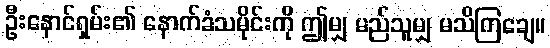
ဦးနောင်ရှမ်း၏ နောက်ခံသမိုင်းကို ဤမျှ မည်သူမျှ မသိကြချေ။